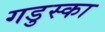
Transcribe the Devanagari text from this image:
गडुस्का